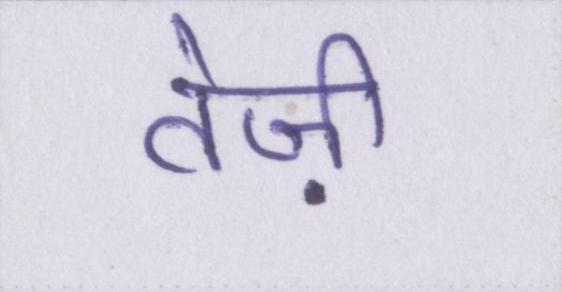
तेज़ी